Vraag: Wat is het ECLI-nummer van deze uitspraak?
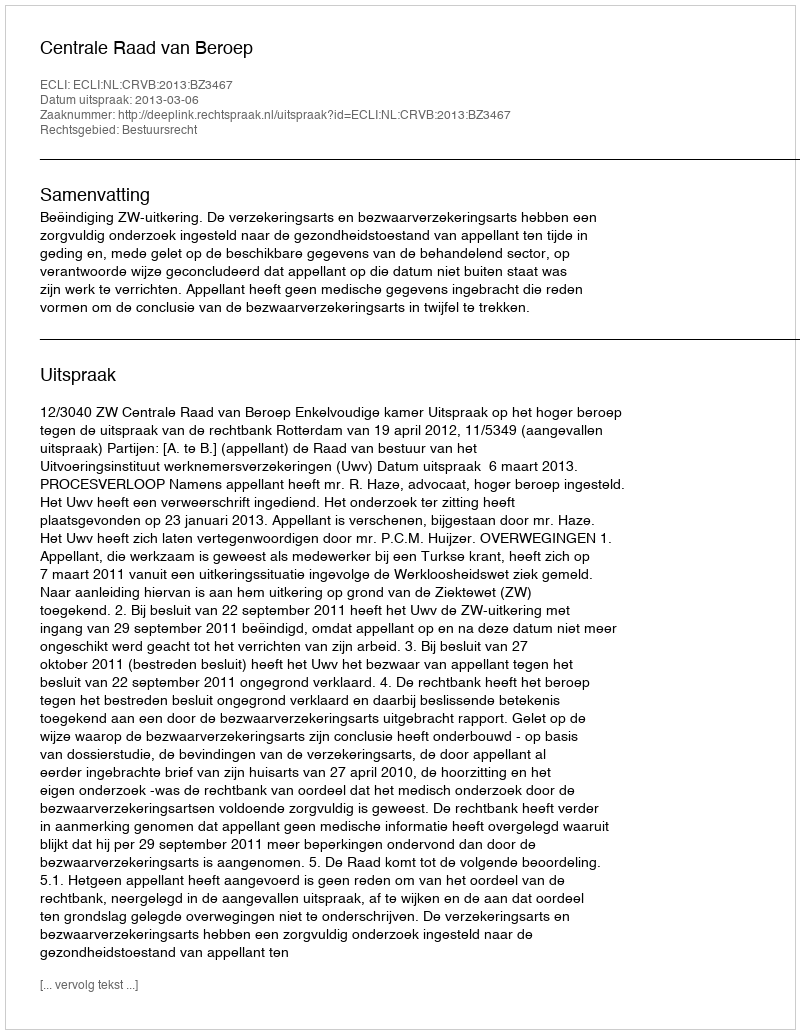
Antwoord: ECLI:NL:CRVB:2013:BZ3467